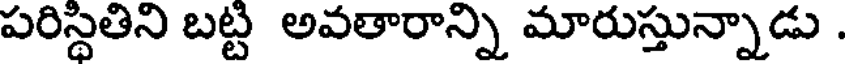
పరిస్థితిని బట్టి అవతారాన్ని మారుస్తున్నాడు .